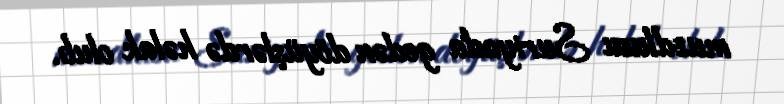
muzdlusu Suriyada gedən döyüşlərdə həlak olub.